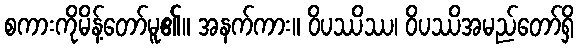
စကားကိုမိန့်တော်မူ၏။ အနက်ကား။ ဝိပဿိဿ၊ ဝိပဿိအမည်တော်ရှိ